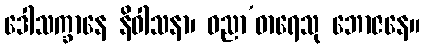
ဒေါသက္ခာနေ နိဝါသနာ၊ ဝညာ’ဓာရေသု ဘောဇနေ။